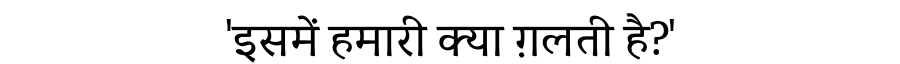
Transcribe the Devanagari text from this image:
'इसमें हमारी क्या ग़लती है?'